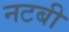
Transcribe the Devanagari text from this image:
नटबी